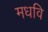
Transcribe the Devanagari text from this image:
मधवि